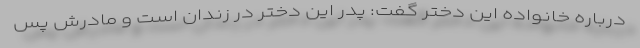
درباره خانواده این دختر گفت: پدر این دختر در زندان است و مادرش پس